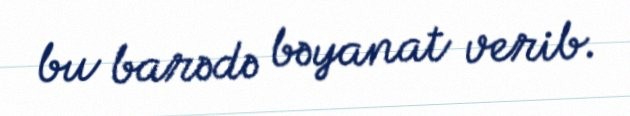
bu barədə bəyanat verib.